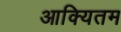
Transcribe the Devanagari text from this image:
आक्यितम